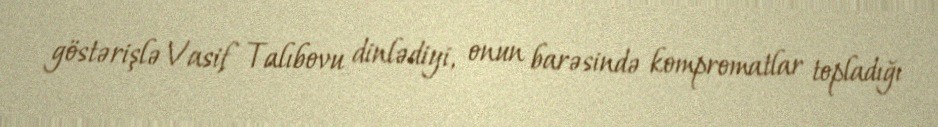
göstərişlə Vasif Talıbovu dinlədiyi, onun barəsində kompromatlar topladığı